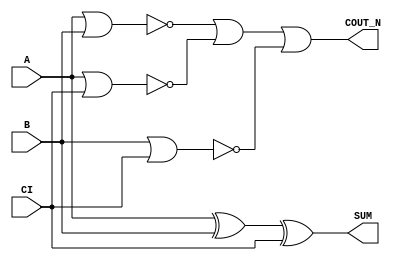
module sky130_fd_sc_ms__fahcon (
    COUT_N,
    SUM   ,
    A     ,
    B     ,
    CI
);

    // Module ports
    output COUT_N;
    output SUM   ;
    input  A     ;
    input  B     ;
    input  CI    ;

    // Module supplies
    supply1 VPWR;
    supply0 VGND;
    supply1 VPB ;
    supply0 VNB ;

    // Local signals
    wire xor0_out_SUM ;
    wire a_b          ;
    wire a_ci         ;
    wire b_ci         ;
    wire or0_out_coutn;

    //  Name  Output         Other arguments
    xor xor0 (xor0_out_SUM , A, B, CI       );
    buf buf0 (SUM          , xor0_out_SUM   );
    nor nor0 (a_b          , A, B           );
    nor nor1 (a_ci         , A, CI          );
    nor nor2 (b_ci         , B, CI          );
    or  or0  (or0_out_coutn, a_b, a_ci, b_ci);
    buf buf1 (COUT_N       , or0_out_coutn  );

endmodule